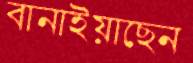
বানাইয়াছেন